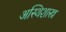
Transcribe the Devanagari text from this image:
अस्थिशास्त्र